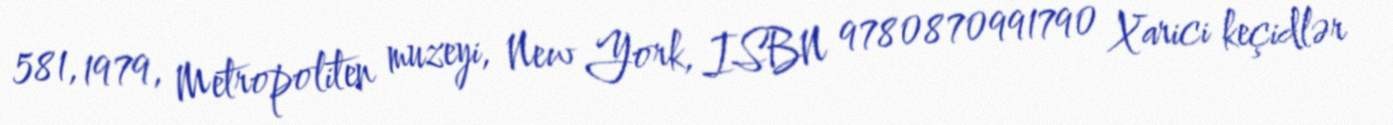
581, 1979, Metropoliten muzeyi, New York, ISBN 9780870991790 Xarici keçidlər